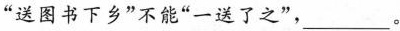
”送图书下乡”不能”一送了之”，___ 。